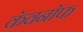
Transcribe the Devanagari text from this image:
कॅवनॉफ